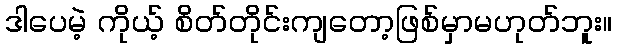
ဒါပေမဲ့ ကိုယ့် စိတ်တိုင်းကျတော့ဖြစ်မှာမဟုတ်ဘူး။